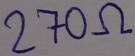
Text: 270Ω